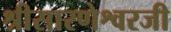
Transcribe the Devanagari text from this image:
श्रीसारणेश्वरजी